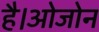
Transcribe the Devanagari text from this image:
है।ओजोन